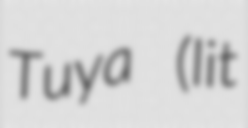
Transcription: Tuya (lit